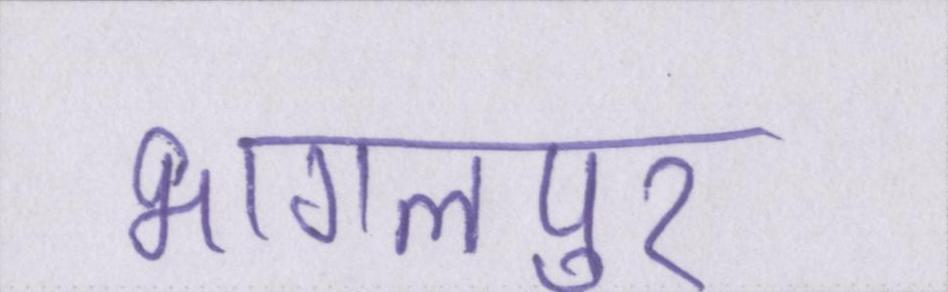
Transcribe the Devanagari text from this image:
भागलपुर